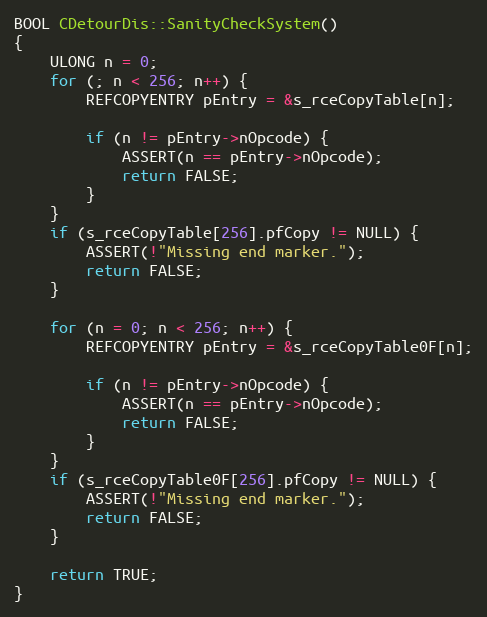
Language: C++
BOOL CDetourDis::SanityCheckSystem()
{
    ULONG n = 0;
    for (; n < 256; n++) {
        REFCOPYENTRY pEntry = &s_rceCopyTable[n];

        if (n != pEntry->nOpcode) {
            ASSERT(n == pEntry->nOpcode);
            return FALSE;
        }
    }
    if (s_rceCopyTable[256].pfCopy != NULL) {
        ASSERT(!"Missing end marker.");
        return FALSE;
    }

    for (n = 0; n < 256; n++) {
        REFCOPYENTRY pEntry = &s_rceCopyTable0F[n];

        if (n != pEntry->nOpcode) {
            ASSERT(n == pEntry->nOpcode);
            return FALSE;
        }
    }
    if (s_rceCopyTable0F[256].pfCopy != NULL) {
        ASSERT(!"Missing end marker.");
        return FALSE;
    }

    return TRUE;
}